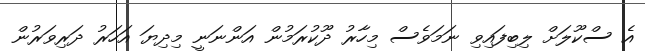
އެ ސްކޫލަށް ލިބިފައިވި ނަމަވެސް މިހާރު ދޫކުރަމުން އަންނަނީ މިދިޔަ އަހަރު ދަރިވަރުން